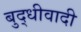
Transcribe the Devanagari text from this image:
बुद्धीवादी